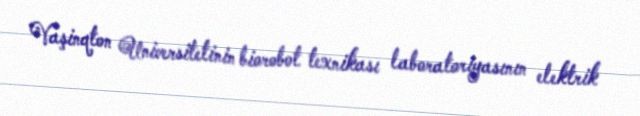
Vaşinqton Universitetinin biorobot texnikası laboratoriyasının elektrik